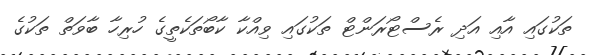
ތަކުގައި އާއި އަދި ރެސްޓޯރަންޓް ތަކުގައި ވިއްކާ ކާބޯތަކެތީގެ ހުރިހާ ބާވަތް ތަކުގެ